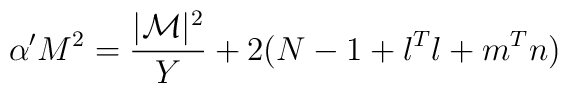
\alpha' M^{2} = \frac{|{\cal M}|^{2}}{Y} + 2 (N-1 + l^{T}l + m^{T}n)